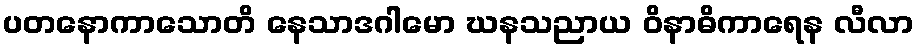
ပတနောကာသောတိ နေသာဒဂါမော ဃနသညာယ ဝိနာဓိကာရေန လီလာ